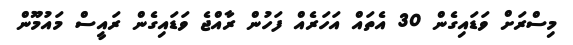
މިސްރަށް ވަޑައިގެން 30 އެތައް އަހަރެއް ފަހުން ރާއްޖެ ވަޑައިގެން ރައީސް މައުމޫން